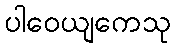
ပါဝေယျကေသု